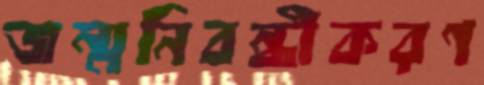
জন্মনিবন্ধীকরণ